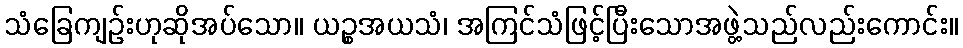
သံခြေကျဉ်းဟုဆိုအပ်သော။ ယဉ္စအယသံ၊ အကြင်သံဖြင့်ပြီးသောအဖွဲ့သည်လည်းကောင်း။